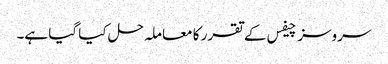
سروسز چیفس کے تقرر کا معاملہ حل کیا گیا ہے۔